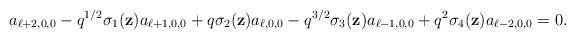
LaTeX: \begin{align*}a_{\ell+2,0,0}-{q}^{1/2}\sigma_1(\textbf{z})a_{\ell+1,0,0}+q\sigma_2(\textbf{z})a_{\ell,0,0}-q^{3/2}\sigma_3(\textbf{z})a_{\ell-1,0,0}+q^2\sigma_4(\textbf{z})a_{\ell-2,0,0}=0.\end{align*}